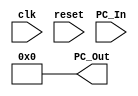
module Program_Counter(
        input clk,
        input reset,
        input [63:0] PC_In,
        output reg [63:0] PC_Out
);

 
  always@(posedge clk)
  begin
    if (reset ==0)
      PC_Out <= PC_In;
  end
  always@(reset ==1)   
  PC_Out <= 0;

endmodule